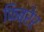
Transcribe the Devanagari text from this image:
फिब्रेर